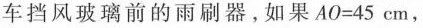
车挡风玻璃前的雨刷器，如果$$A0=45cm$$，